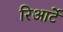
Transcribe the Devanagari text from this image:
रिआर्टे